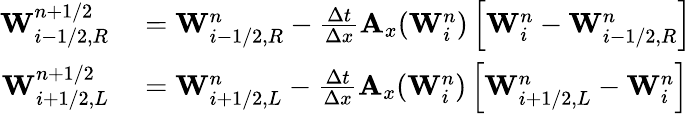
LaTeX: \begin{array}{rl}{\mathbf{W}_{i-1/2,R}^{n+1/2}}&{{}=\mathbf{W}_{i-1/2,R}^{n}-\frac{\Delta t}{\Delta x}\mathbf{A}_{x}(\mathbf{W}_{i}^{n})\left[\mathbf{W}_{i}^{n}-\mathbf{W}_{i-1/2,R}^{n}\right]}\\ {\mathbf{W}_{i+1/2,L}^{n+1/2}}&{{}=\mathbf{W}_{i+1/2,L}^{n}-\frac{\Delta t}{\Delta x}\mathbf{A}_{x}(\mathbf{W}_{i}^{n})\left[\mathbf{W}_{i+1/2,L}^{n}-\mathbf{W}_{i}^{n}\right]}\end{array}